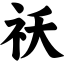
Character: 祆